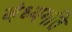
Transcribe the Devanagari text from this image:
बंध्यगति